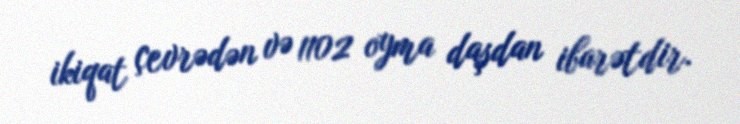
ikiqat çevrədən və 1102 oyma daşdan ibarətdir.